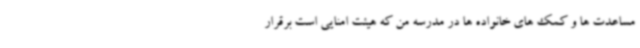
مساعدت ها و کمک های خانواده ها در مدرسه من که هیئت امنایی است برقرار